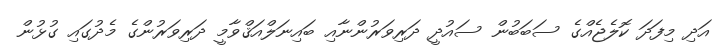
އަދި މިފަދަ ކޮލެޖެއްގެ ސަބަބުން ސައުދީ ދަރިވަރުންނާއި ބައިނަލްއަޤްވާމީ ދަރިވަރުންގެ މެދުގައި ގުޅުން